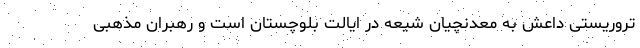
تروریستی داعش به معدنچیان شیعه در ایالت بلوچستان است و رهبران مذهبی